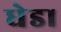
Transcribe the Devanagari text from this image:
धेडा